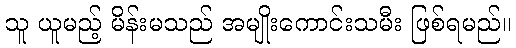
သူ ယူမည့် မိန်းမသည် အမျိုးကောင်းသမီး ဖြစ်ရမည်။